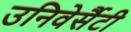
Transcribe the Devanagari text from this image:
उनिवेर्सैटी